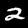
Label: 2